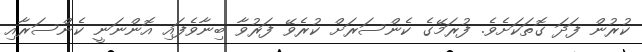
ކުރުން ފަދަ ގޮތަކަށެވެ. ފުރަމޭގެ ކެންސަރަށް ކުރެވޭ ފަރުވާ ބިނާވެފައި އޮންނަނީ ކެންސަރާއި